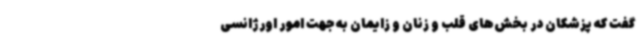
گفت که پزشکان در بخش‌های قلب و زنان و زایمان به جهت امور اورژانسی